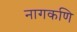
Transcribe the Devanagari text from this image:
नागकणि